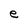
Character: e